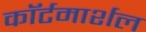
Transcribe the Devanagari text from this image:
काॅर्टमार्शल